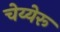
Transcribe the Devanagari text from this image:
चेय्येरू